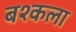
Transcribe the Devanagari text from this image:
बश्कला